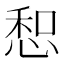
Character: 惒